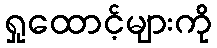
ရှုထောင့်များကို